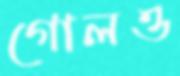
গোলও